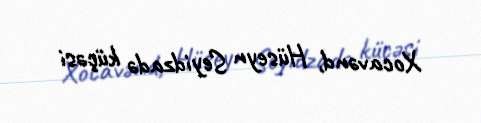
Xocavənd, Hüseyn Seyidzadə küçəsi